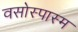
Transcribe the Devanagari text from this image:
वसोस्पास्म